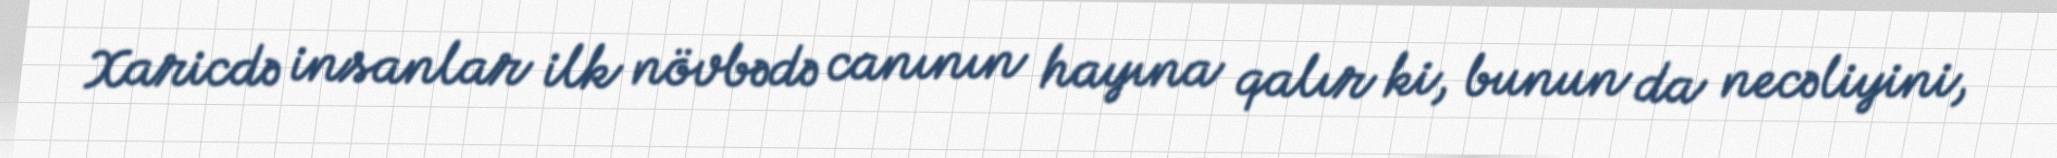
Xaricdə insanlar ilk növbədə canının hayına qalır ki, bunun da necəliyini,